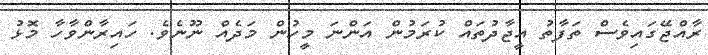
ރާއްޖޭގައިވެސް ތަފާތު އީޖާދުތައް ކުރަމުން އަންނަ މީހުން މަދެއް ނޫނެވެ. ހައިރާންވާހާ މޮޅު